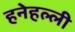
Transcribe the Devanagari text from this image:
हनेहल्ली